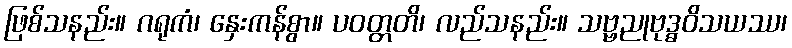
ဖြစ်သနည်း။ ဂရုကံ၊ နှေးကန်စွာ။ ပဝတ္တတိ၊ လည်သနည်း။ သဗ္ဗညုဗုဒ္ဓဝိသယဿ၊